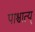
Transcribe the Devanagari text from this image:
पाश्चात्य्